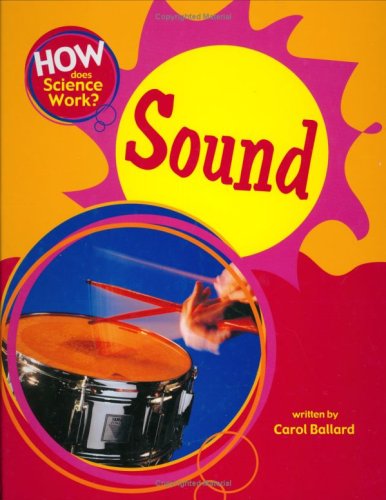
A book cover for Sound (How Does Science Work?); Carol Ballard; Children's Books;